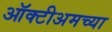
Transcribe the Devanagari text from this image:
ऑक्टीअमच्या